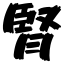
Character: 腎